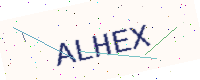
Text: ALHEX